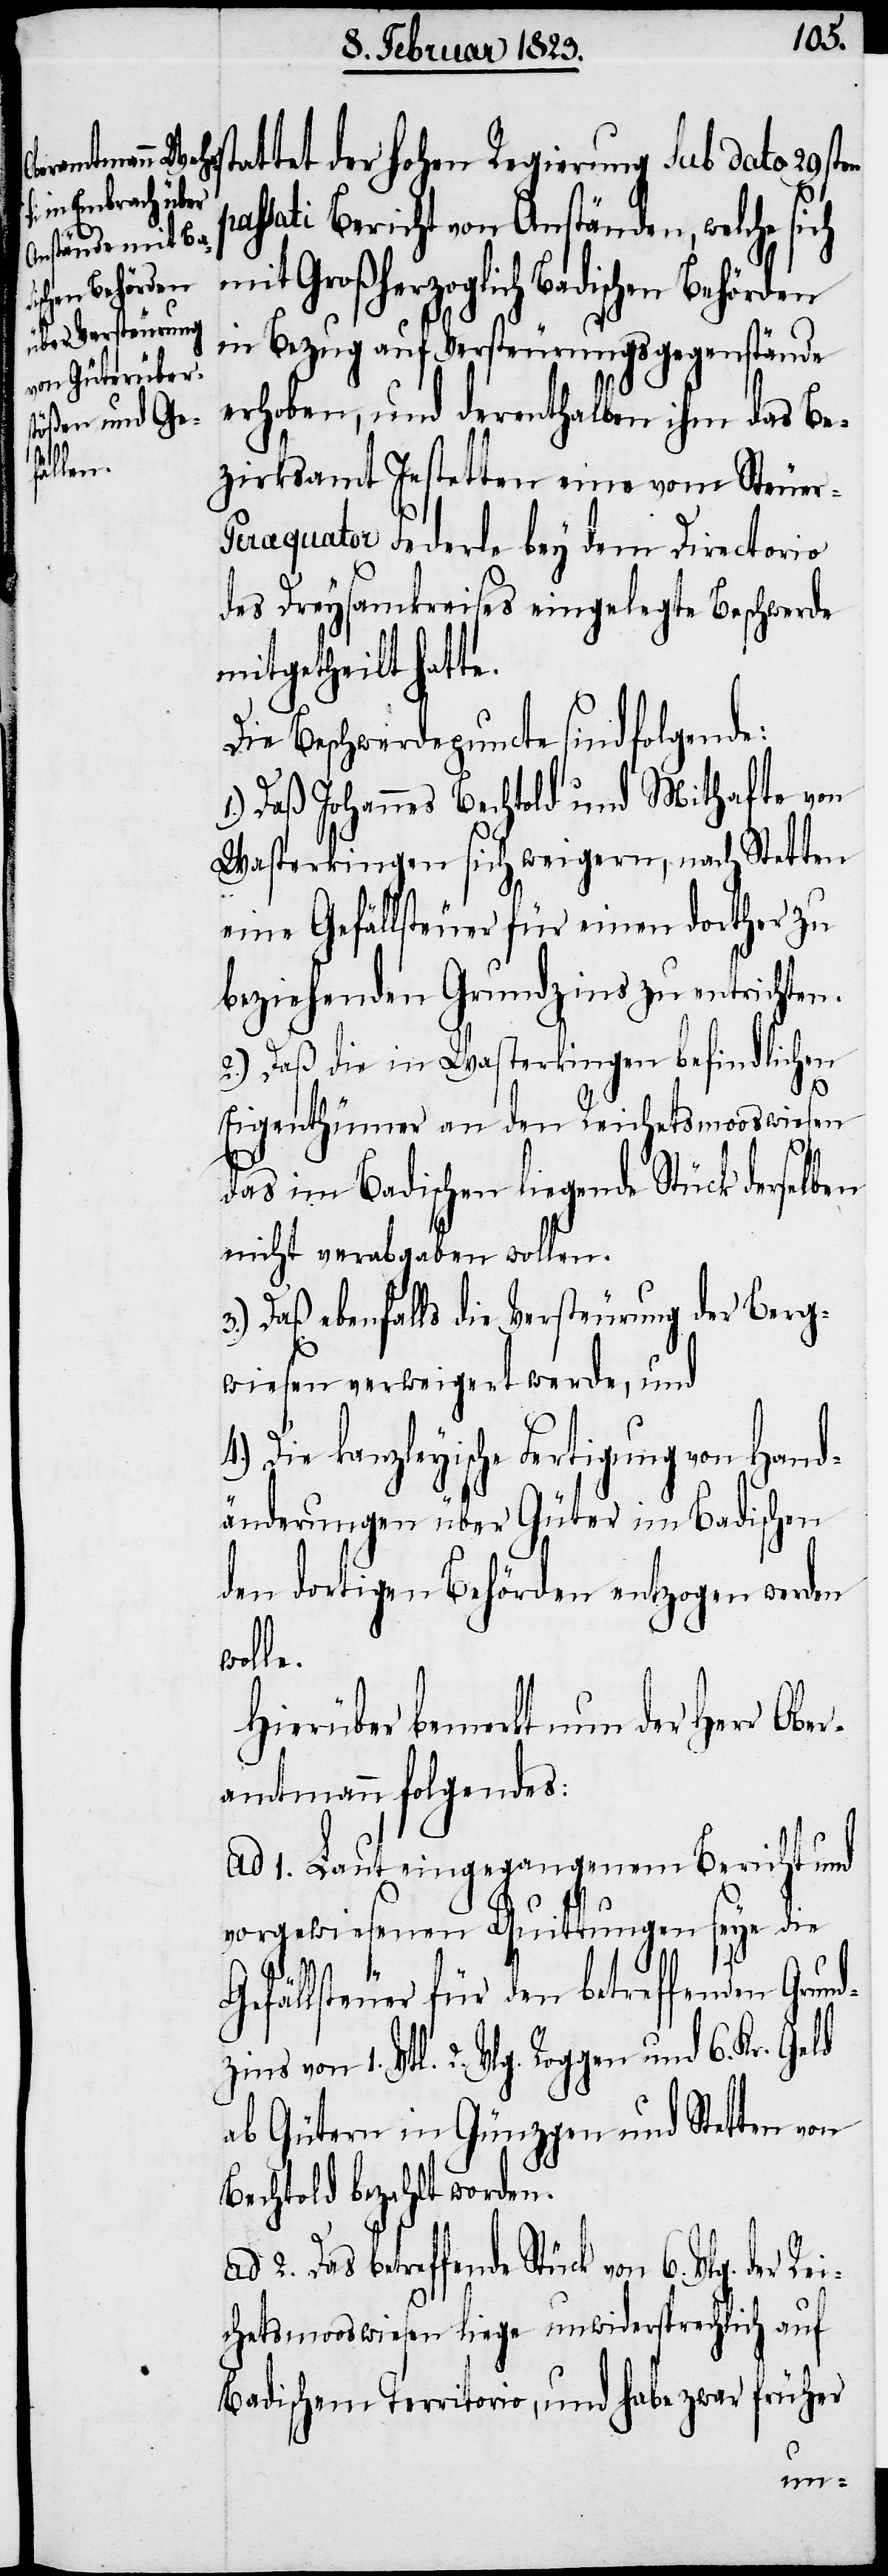
schen Behörden

pas¬
tattet der hohen Regierung Sub dato 29sten
sati Bericht von Anständen, welche sich
mit Großherzoglich Badi¬
in Bezug auf Versteurungsgegenstände
erhoben, und derenthalben ihm das Be¬
zirksamt Jestetten eine vom Steue¬
r-Peraquator Federle bey dem Directorio
des Dreysamkreises eingelegte Beschwerde
mitgetheilt hatte.
Die Beschwerdepuncte sind folgende:
1.) Daß Johannes Bechtold und Mithafte von
Wasterkingen sich weigern, nach Stetten
eine Gefällsteuer für einen dorther zu
beziehenden Grundzins zu entrichten.
2.) Daß die in Wasterkingen befindlichen
Eigenthümer an den Reichetsmooswiesen
das im Badischen liegende Stück derselben
nicht verabgaben wollen.
3.) Daß ebenfalls die Versteurung der Berg¬
wiesen verweigert werde, und
4.) Die kanzleyische Fertigung von Hand¬
änderungen über Güter im Badischen
den dortigen Behörden entzogen werden
wolle.
Hierüber bemerkt nun der Herr Obe¬
ramtmann folgendes:
ad 1. Laut eingegangenem Bericht und
vorgewiesenen Quittungen seye die
Gefällsteuer für den betreffenden Gr¬
zins von 1. Vtl. 2. Vlg. Roggen und
ab Gütern in Günzgen und Stetten von
Bechtold bezahlt worden.
2. Das betreffende Stück von 6. Vlg. der Rei¬
chetsmooswiesen liege unwidersprechlich auf
Badischem Territorio, und habe zwar früher
und¬